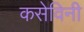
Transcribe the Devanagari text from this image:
कसेविनी